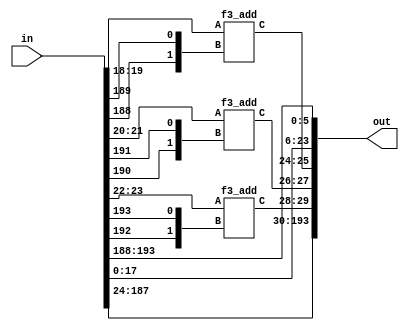
`define M     97          // M is the degree of the irreducible polynomial
`define WIDTH (2*`M-1)    // width for a GF(3^M) element
`define W2    (4*`M-1)    // width for a GF(3^{2*M}) element
`define W3    (6*`M-1)    // width for a GF(3^{3*M}) element
`define W6    (12*`M-1)   // width for a GF(3^{6*M}) element
`define PX    196'h4000000000000000000000000000000000000000001000002 // PX is the irreducible polynomial
`define ZERO {(2*`M){1'b0}}
`define TWO {(2*`M-2){1'b0}},2'b10
`define MOST 2*`M+1:2*`M

module func7(input wire [193:0] in, output wire [193:0] out);
    assign out[5:0] = in[193:188];
    assign out[23:6] = in[17:0];
    wire [1:0] w0;
    f3_add a0(in[19:18], {in[188],in[189]}, w0);
    assign out[25:24] = w0;
    wire [1:0] w1;
    f3_add a1(in[21:20], {in[190],in[191]}, w1);
    assign out[27:26] = w1;
    wire [1:0] w2;
    f3_add a2(in[23:22], {in[192],in[193]}, w2);
    assign out[29:28] = w2;
    assign out[193:30] = in[187:24];
endmodule

module f3_add(A, B, C);
    input [1:0] A, B;
    output [1:0] C;
    wire a0, a1, b0, b1, c0, c1;
    assign {a1, a0} = A;
    assign {b1, b0} = B;
    assign C = {c1, c0};
    assign c0 = ( a0 & ~a1 & ~b0 & ~b1) |
                (~a0 & ~a1 &  b0 & ~b1) |
                (~a0 &  a1 & ~b0 &  b1) ;
    assign c1 = (~a0 &  a1 & ~b0 & ~b1) |
                ( a0 & ~a1 &  b0 & ~b1) |
                (~a0 & ~a1 & ~b0 &  b1) ;
endmodule